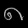
Digit: ၈